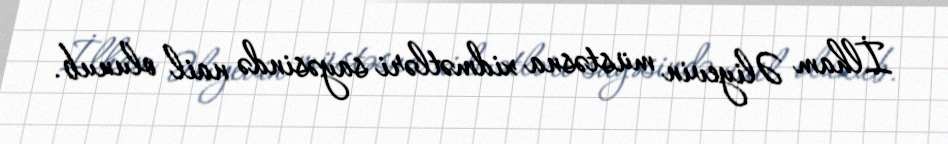
İlham Əliyevin müstəsna xidmətləri sayəsində nail olunub.